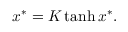
\begin{array} { r } { x ^ { * } = K \operatorname { t a n h } { x ^ { * } } . } \end{array}